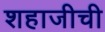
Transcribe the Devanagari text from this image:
शहाजीची